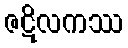
ဇဋိလကဿ